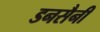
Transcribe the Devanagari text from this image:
डनसैनी